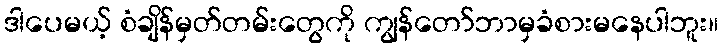
ဒါပေမယ့် စံချိန်မှတ်တမ်းတွေကို ကျွန်တော်ဘာမှခံစားမနေပါဘူး။